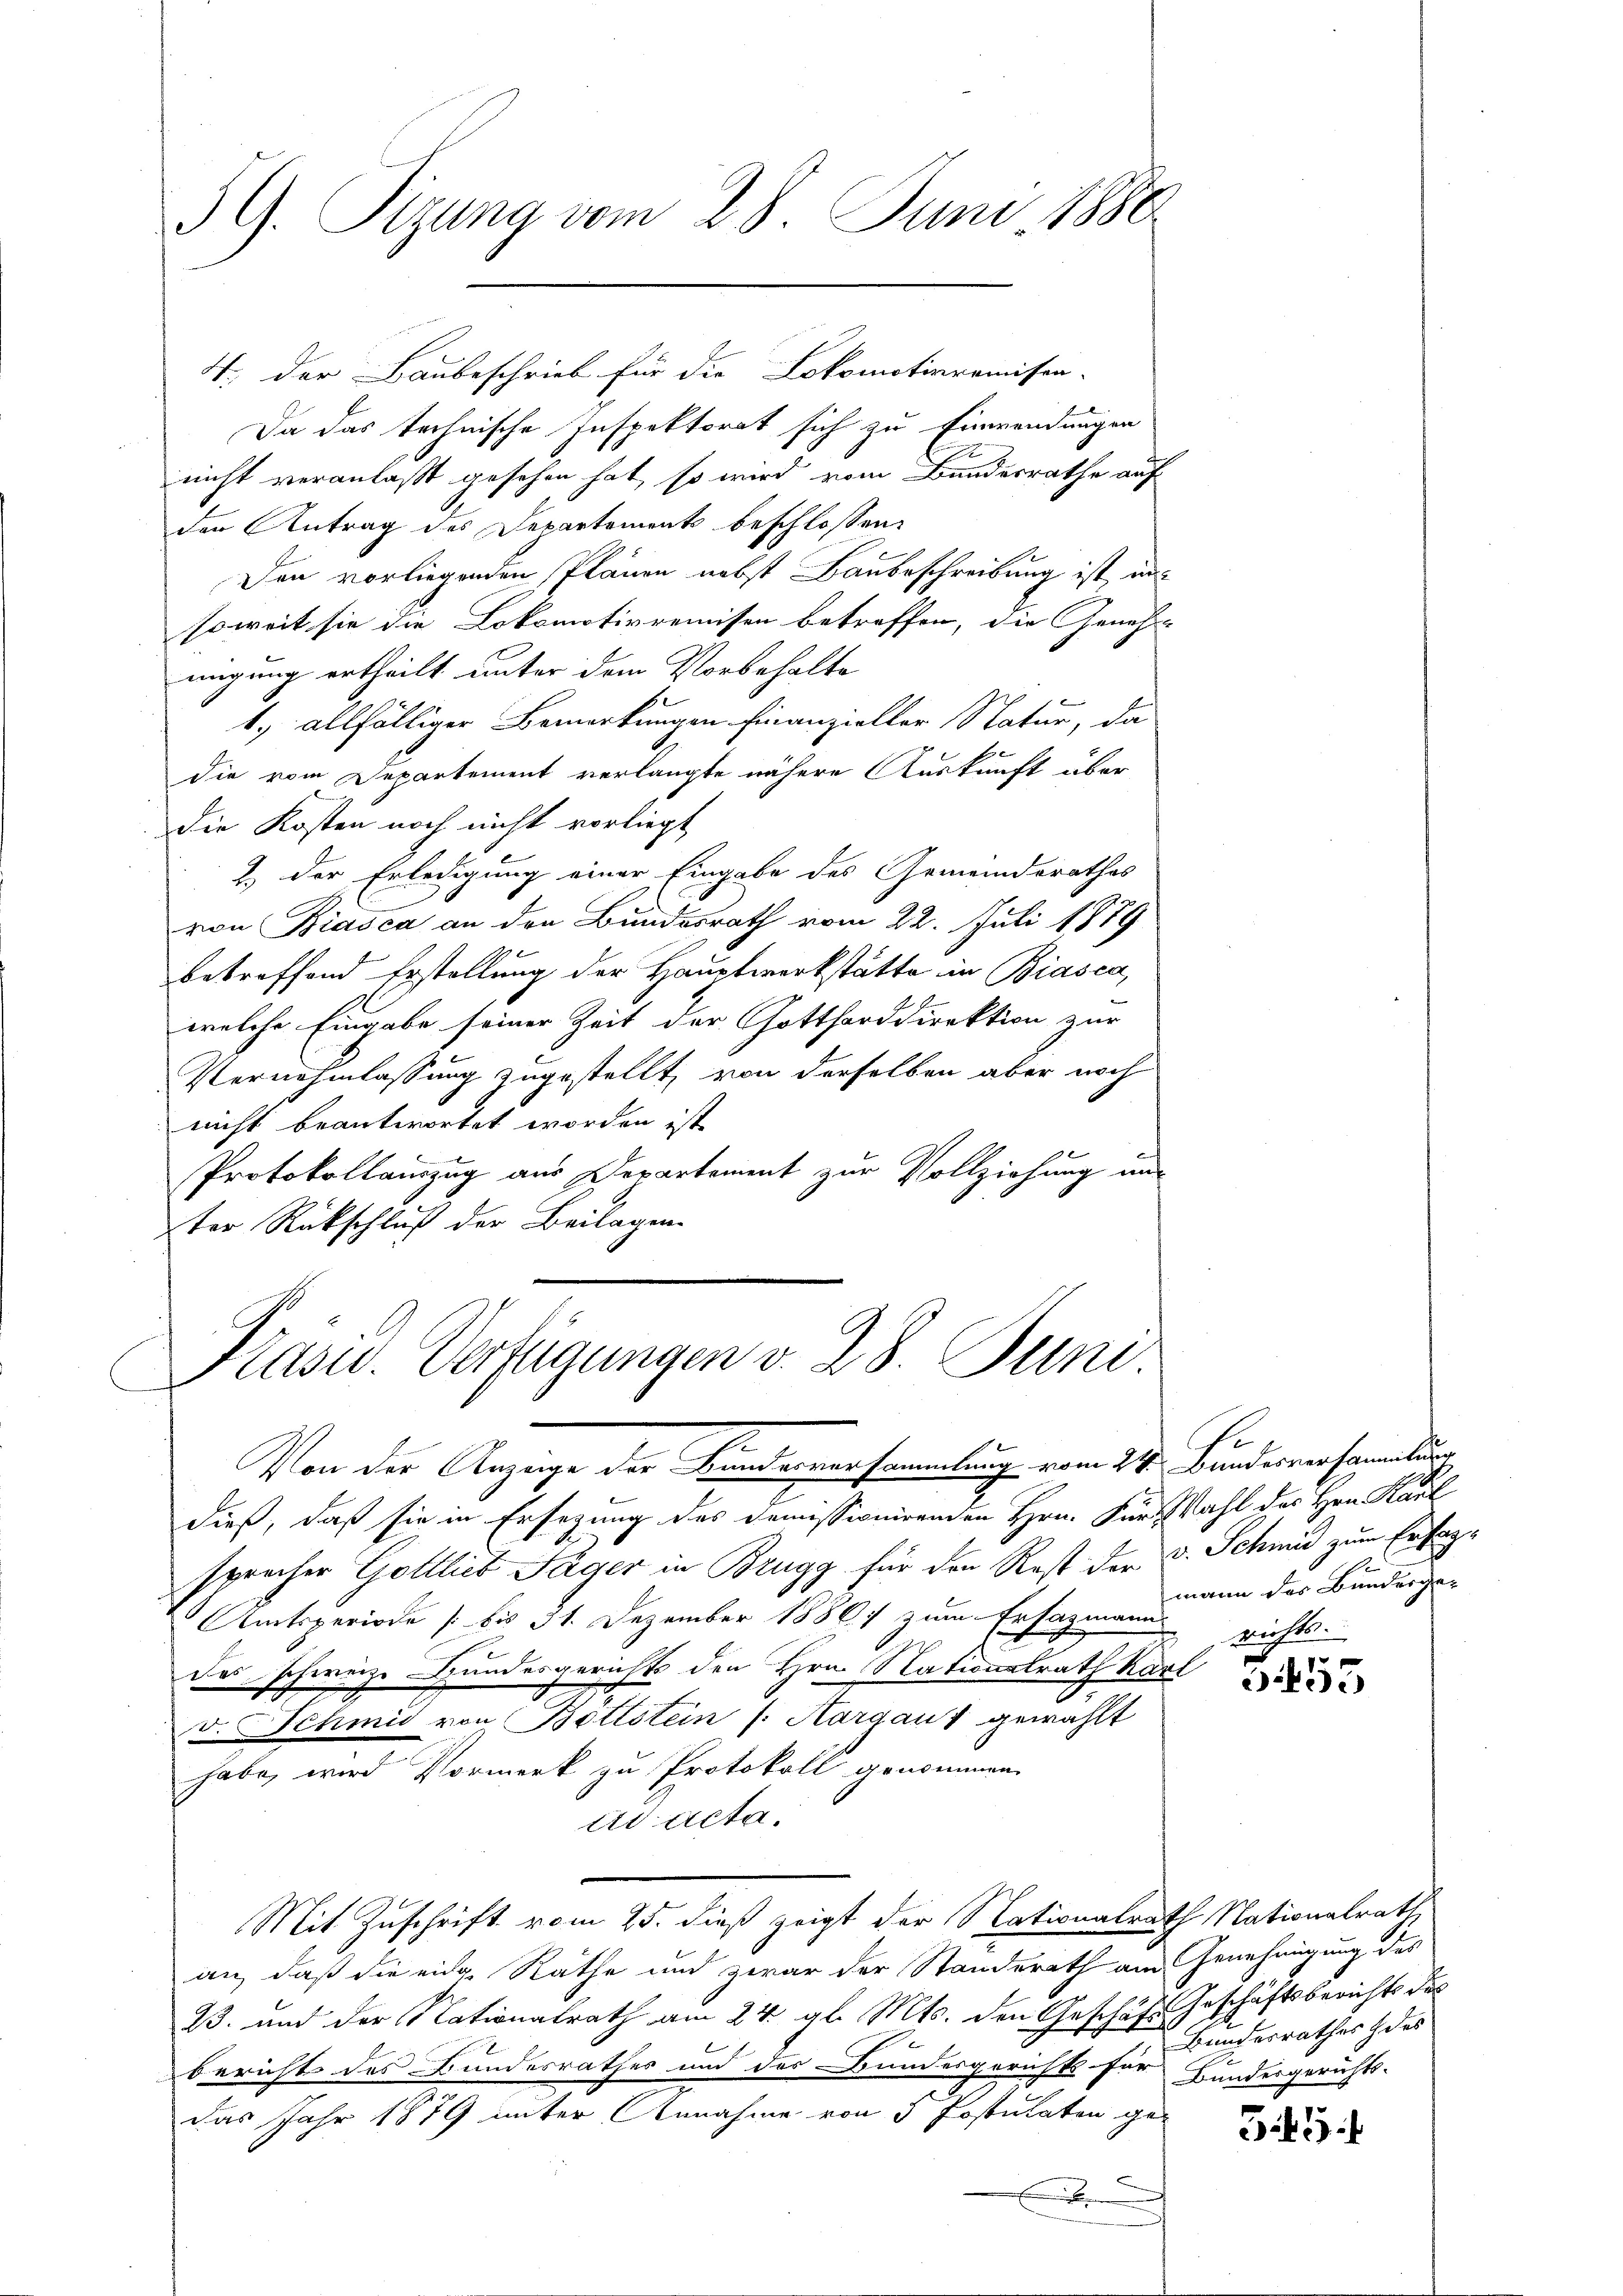
3G. Sizung vom 28. Juni 1880

Da das technische Inspektorat sich zu Einwendungen
nicht veranlaßt gesehen hat, so wird vom Bundesrathe auf
den Antrag des Departements beschlossen:
Den vorliegenden Plänen nebst Baubeschreibung ist in
soweit sie die Lokomotivrenissen betreffen, die Genehm
migung ertheilt unter dem Vorbehalte
1.) allfälliger Bemerkungen finanzieller Natur, da
die vom Departement verlangte nähere Auskunft über
die Kosten noch nicht vorliegt,
2. der Erledigung einer Eingabe des Gemeindsrathes
von Biasca an den Bundesrath vom 22. Juli 1879
betreffend Erstellung der Hauptwerkstätte in Biasca,
welche Eingabe seiner Zeit der Gottharddirektion zur
Vernehmlassung zugestellt, von derselben aber noch
nicht beantwortet worden ist,
Protokollauszug aus Departement zur Vollziehung aus
ter Rückschluß der Beilagen.

4. der Baubeschrieb für die Lokomotivromissa-

Kasu. Verfügungen v. 28. Juni.
2
Von der Anzeige der Bundesversammlung vom 24. Bundesversammlung

dieß, daß sie in Ersezung des Demissionirenden Hrn. Für Wahl des Hrn. Kaul
sprecher Gottlieb Täger in Brugg für den Rest der v. Schmid zum Erfas¬
Amtsperiode (bis 31. Dezember 1886 zum Ersatzmann
dies schweiz. Hundesgerichts den Hrn. Nationstrath Kari
v. Schmid von Bottstein (Aargaus gewählt
habe, wird Vormerk zu Protokoll genommen.
tis acta.
Mit Zuschrift vom 25. dieß zeigt der Nationalrath Nationalrath,
an, daß die eine Rathe und zwar der Standerath am Genehmigung des
23. und der Nationalrath am 24. gl. Mts. den Geschäft Geschäftsberichts des
bericht des Bundesrathes und des Bundesgerichts für Bundesgerichts-
das Jahr 1879 unter Annahme von 5 Postulaten ge¬
.

mann des Bundergerichts.

G. 455

Bundesrathes des

345